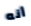
أنه